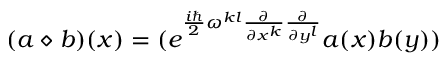
( a \diamond b ) ( x ) = ( e ^ { \frac { i \hbar } { 2 } \omega ^ { k l } \frac { \partial } { \partial x ^ { k } } \frac { \partial } { \partial y ^ { l } } } a ( x ) b ( y ) )